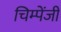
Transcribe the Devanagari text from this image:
चिम्पेंजी